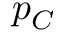
p _ { C }